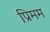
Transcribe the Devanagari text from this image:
प्रिमम